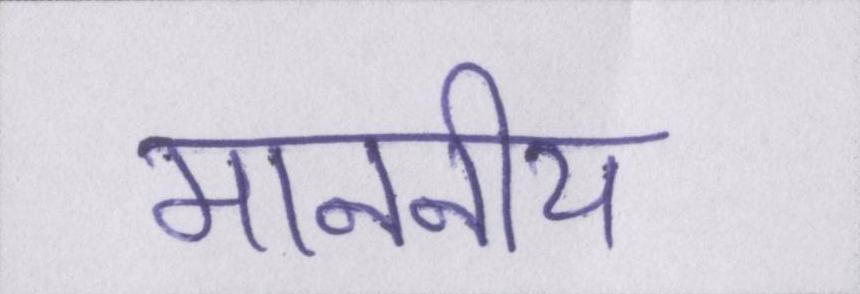
माननीय